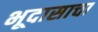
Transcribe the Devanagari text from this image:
भूदासाचा